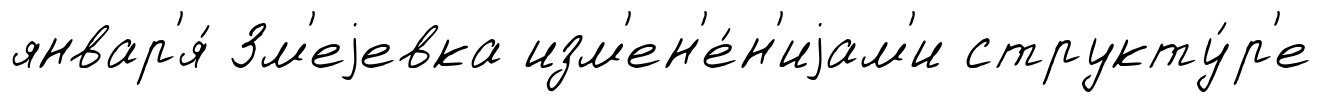
январ'я́ Зм'еjевка изм'ен'е́н'иjам'и структу́р'е